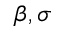
\beta , \sigma